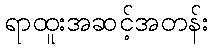
ရာထူးအဆင့်အတန်း